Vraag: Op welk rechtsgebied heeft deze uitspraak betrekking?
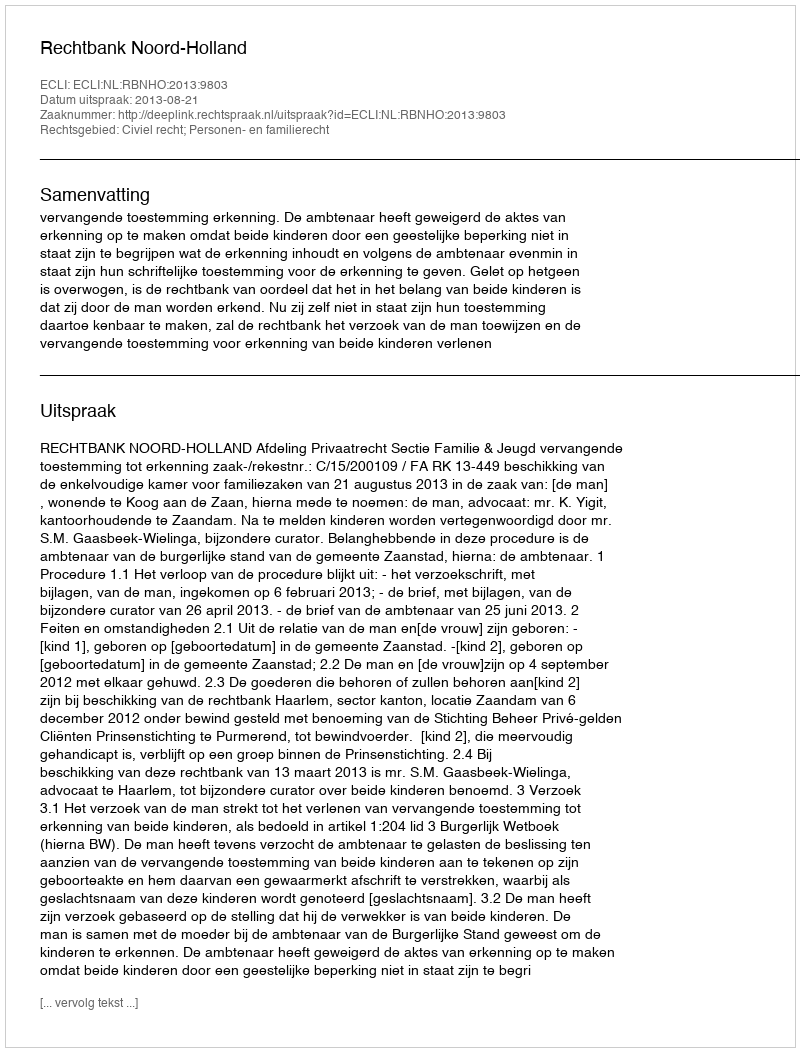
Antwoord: Civiel recht; Personen- en familierecht